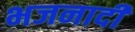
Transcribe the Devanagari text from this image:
भजनादी